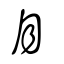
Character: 月